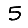
Digit: 5